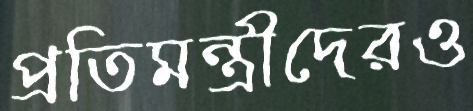
প্রতিমন্ত্রীদেরও